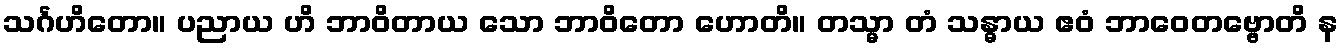
သင်္ဂဟိတော။ ပညာယ ဟိ ဘာဝိတာယ သော ဘာဝိတော ဟောတိ။ တသ္မာ တံ သန္ဓာယ ဧဝံ ဘာဝေတဗ္ဗောတိ န